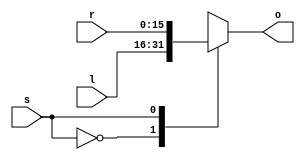
module MUX16(s,l,r,o);
input signed [15:0] l, r;
input s;
output signed [15:0] o;
reg [15:0] o;
always @ (*)
begin
    case(s)
        1'b0 : o = l;
        1'b1 : o = r;
    endcase
end
endmodule